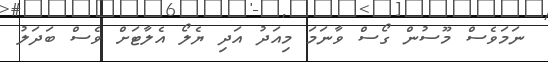
ނަމަވެސް މޫސުން ގޯސް ވާނަމަ މިއަދު އަދި ޔެލޯ އެލާޓަށް ވެސް ބަދަލު